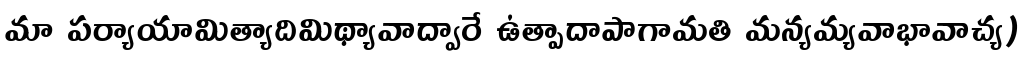
మా పర్యాయామిత్యాదిమిథ్యావాద్వారే ఉత్పాదాపాగామతి మన్యమ్యవాభావాచ్య)